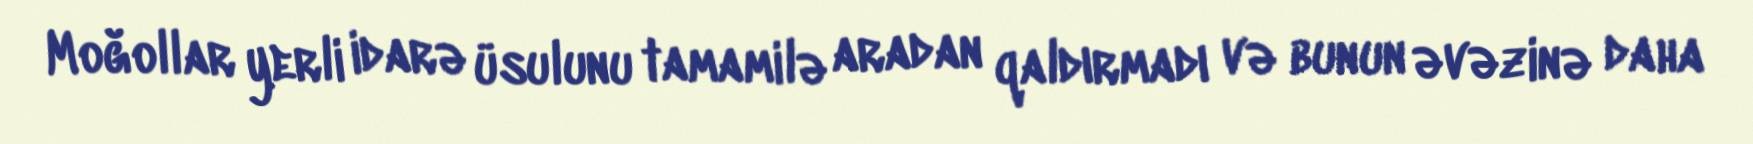
Moğollar yerli idarə üsulunu tamamilə aradan qaldırmadı və bunun əvəzinə daha